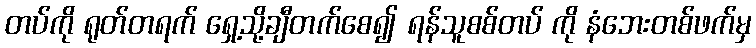
တပ်ကို ရုတ်တရက် ရှေ့သို့ချီတက်စေ၍ ရန်သူစစ်တပ် ကို နံဘေးတစ်ဖက်မှ